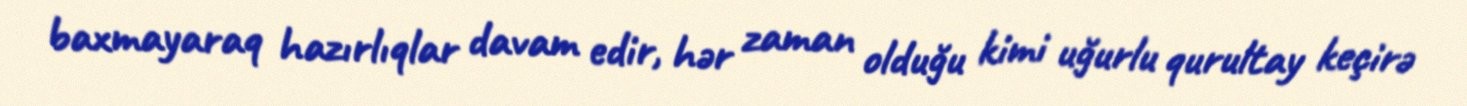
baxmayaraq hazırlıqlar davam edir, hər zaman olduğu kimi uğurlu qurultay keçirə